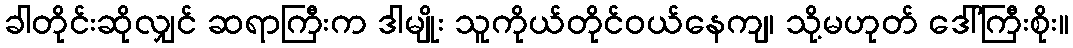
ခါတိုင်းဆိုလျှင် ဆရာကြီးက ဒါမျိုး သူကိုယ်တိုင်ဝယ်နေကျ၊ သို့မဟုတ် ဒေါ်ကြီးစိုး။